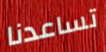
تساعدنا